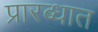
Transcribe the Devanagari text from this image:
प्रारब्धात